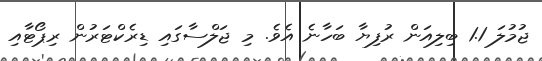
ޖުމުލަ 1.1 ބިލިއަން ރުފިޔާ ބަހާނެ އެވެ. މި ޖަލްސާގައި ޑިރެކްޓަރުން ރިޕޯޓާއި